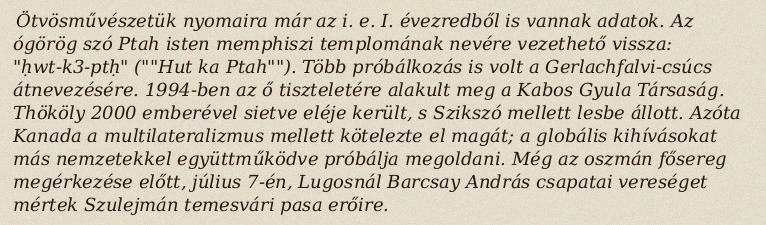
Ötvösművészetük nyomaira már az i. e. I. évezredből is vannak adatok. Az ógörög szó Ptah isten memphiszi templomának nevére vezethető vissza: "ḥwt-k3-ptḥ" (""Hut ka Ptah""). Több próbálkozás is volt a Gerlachfalvi-csúcs átnevezésére. 1994-ben az ő tiszteletére alakult meg a Kabos Gyula Társaság. Thököly 2000 emberével sietve eléje került, s Szikszó mellett lesbe állott. Azóta Kanada a multilateralizmus mellett kötelezte el magát; a globális kihívásokat más nemzetekkel együttműködve próbálja megoldani. Még az oszmán fősereg megérkezése előtt, július 7-én, Lugosnál Barcsay András csapatai vereséget mértek Szulejmán temesvári pasa erőire.